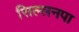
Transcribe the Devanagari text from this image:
सिल्लनपा